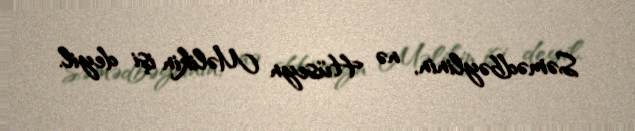
Səmədbəylinin, nə Hüseyn Məlikin işi deyil.